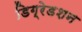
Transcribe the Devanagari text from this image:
डिग्रेडशन